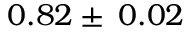
0 . 8 2 \pm \: 0 . 0 2